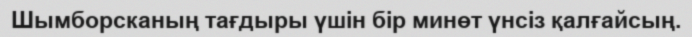
Шымборсканың тағдыры үшін бір минөт үнсіз қалғайсың.